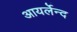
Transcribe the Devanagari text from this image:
आयर्लेन्द